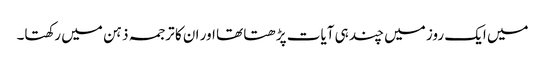
میں ایک روز میں چند ہی آیات پڑھتا تھا اور ان کا ترجمہ ذہن میں رکھتا۔